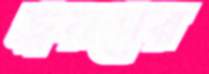
ত্বরণের